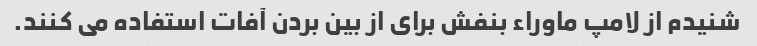
شنیدم از لامپ ماوراء بنفش برای از بین بردن آفات استفاده می کنند.